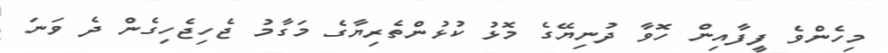
މިހެންވެ ފީފާއިން ހޮވާ ދުނިޔޭގެ މޮޅު ކުޅުންތެރިޔާގެ މަގާމު ޖެހިޖެހިގެން ދެ ވަނަ